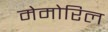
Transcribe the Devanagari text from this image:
मेमोरिल